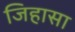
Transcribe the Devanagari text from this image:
जिहासा